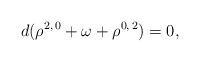
\begin{align*}d(\rho^{2,\,0} + \omega + \rho^{0,\,2}) = 0,\end{align*}